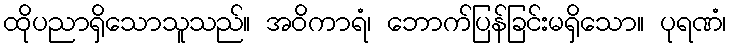
ထိုပညာရှိသောသူသည်။ အဝိကာရံ၊ ဘောက်ပြန်ခြင်းမရှိသော။ ပုရဏံ၊